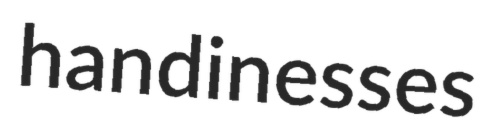
handinesses